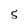
Character: S